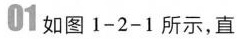
01如图1-2-1所示，直